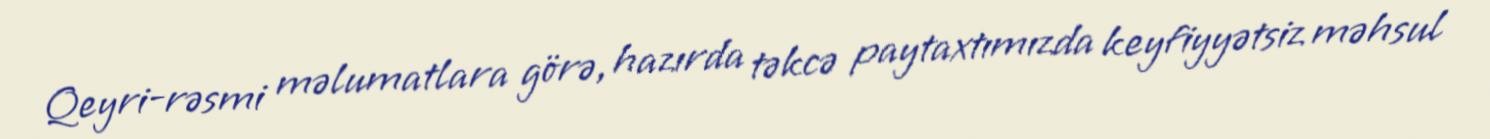
Qeyri-rəsmi məlumatlara görə, hazırda təkcə paytaxtımızda keyfiyyətsiz məhsul